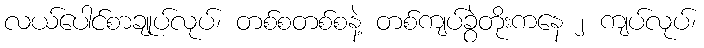
လယ်ပေါင်စာချုပ်လုပ်၊ တစ်စတစ်စနဲ့ တစ်ကျပ်ခွဲတိုးကနေ ၂ ကျပ်လုပ်၊